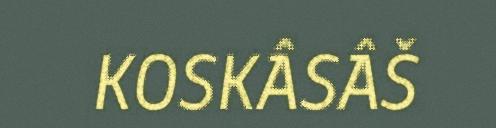
KOSKÂSÂŠ